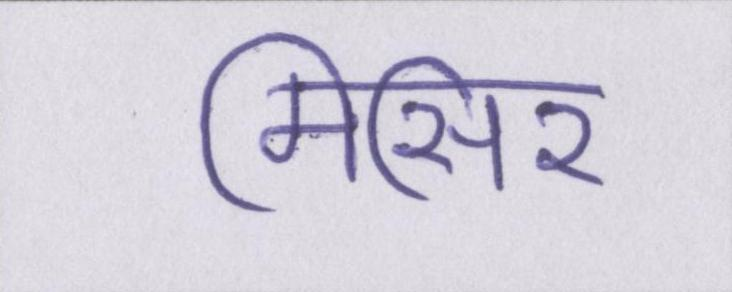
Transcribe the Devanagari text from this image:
मिसिर